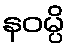
နဝမ္ပိ